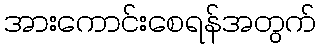
အားကောင်းစေရန်အတွက်